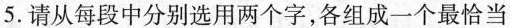
5.请从每段中分别选用两个字，各组成一个最恰当